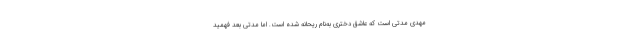
مهدی مدتی است که عاشق دختری به‌نام ریحانه شده است. اما مدتی بعد فهمید